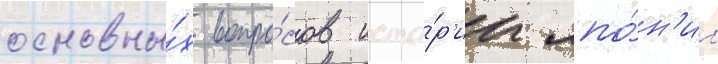
основны́х вопро́сов исто́р'ии япо́н'ии